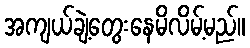
အကျယ်ချဲ့တွေးနေမိလိမ့်မည်။